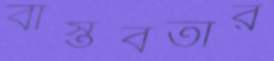
বাস্তবতার